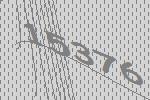
15376